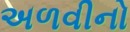
અળવીનો